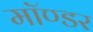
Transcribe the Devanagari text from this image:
मॉण्डर